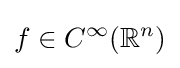
f\in C^{\infty }(\mathbb {R} ^{n})